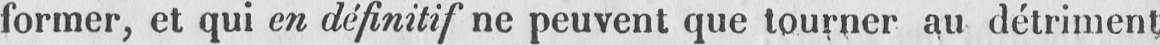
former, et qui en définitif ne peuvent que tourner au détriment,